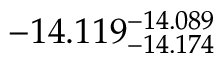
- 1 4 . 1 1 9 _ { - 1 4 . 1 7 4 } ^ { - 1 4 . 0 8 9 }